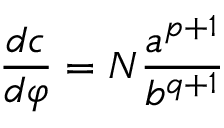
\frac { d c } { d \varphi } = N \frac { a ^ { p + 1 } } { b ^ { q + 1 } }